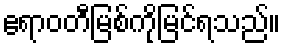
ဧရာဝတီမြစ်ကိုမြင်ရသည်။